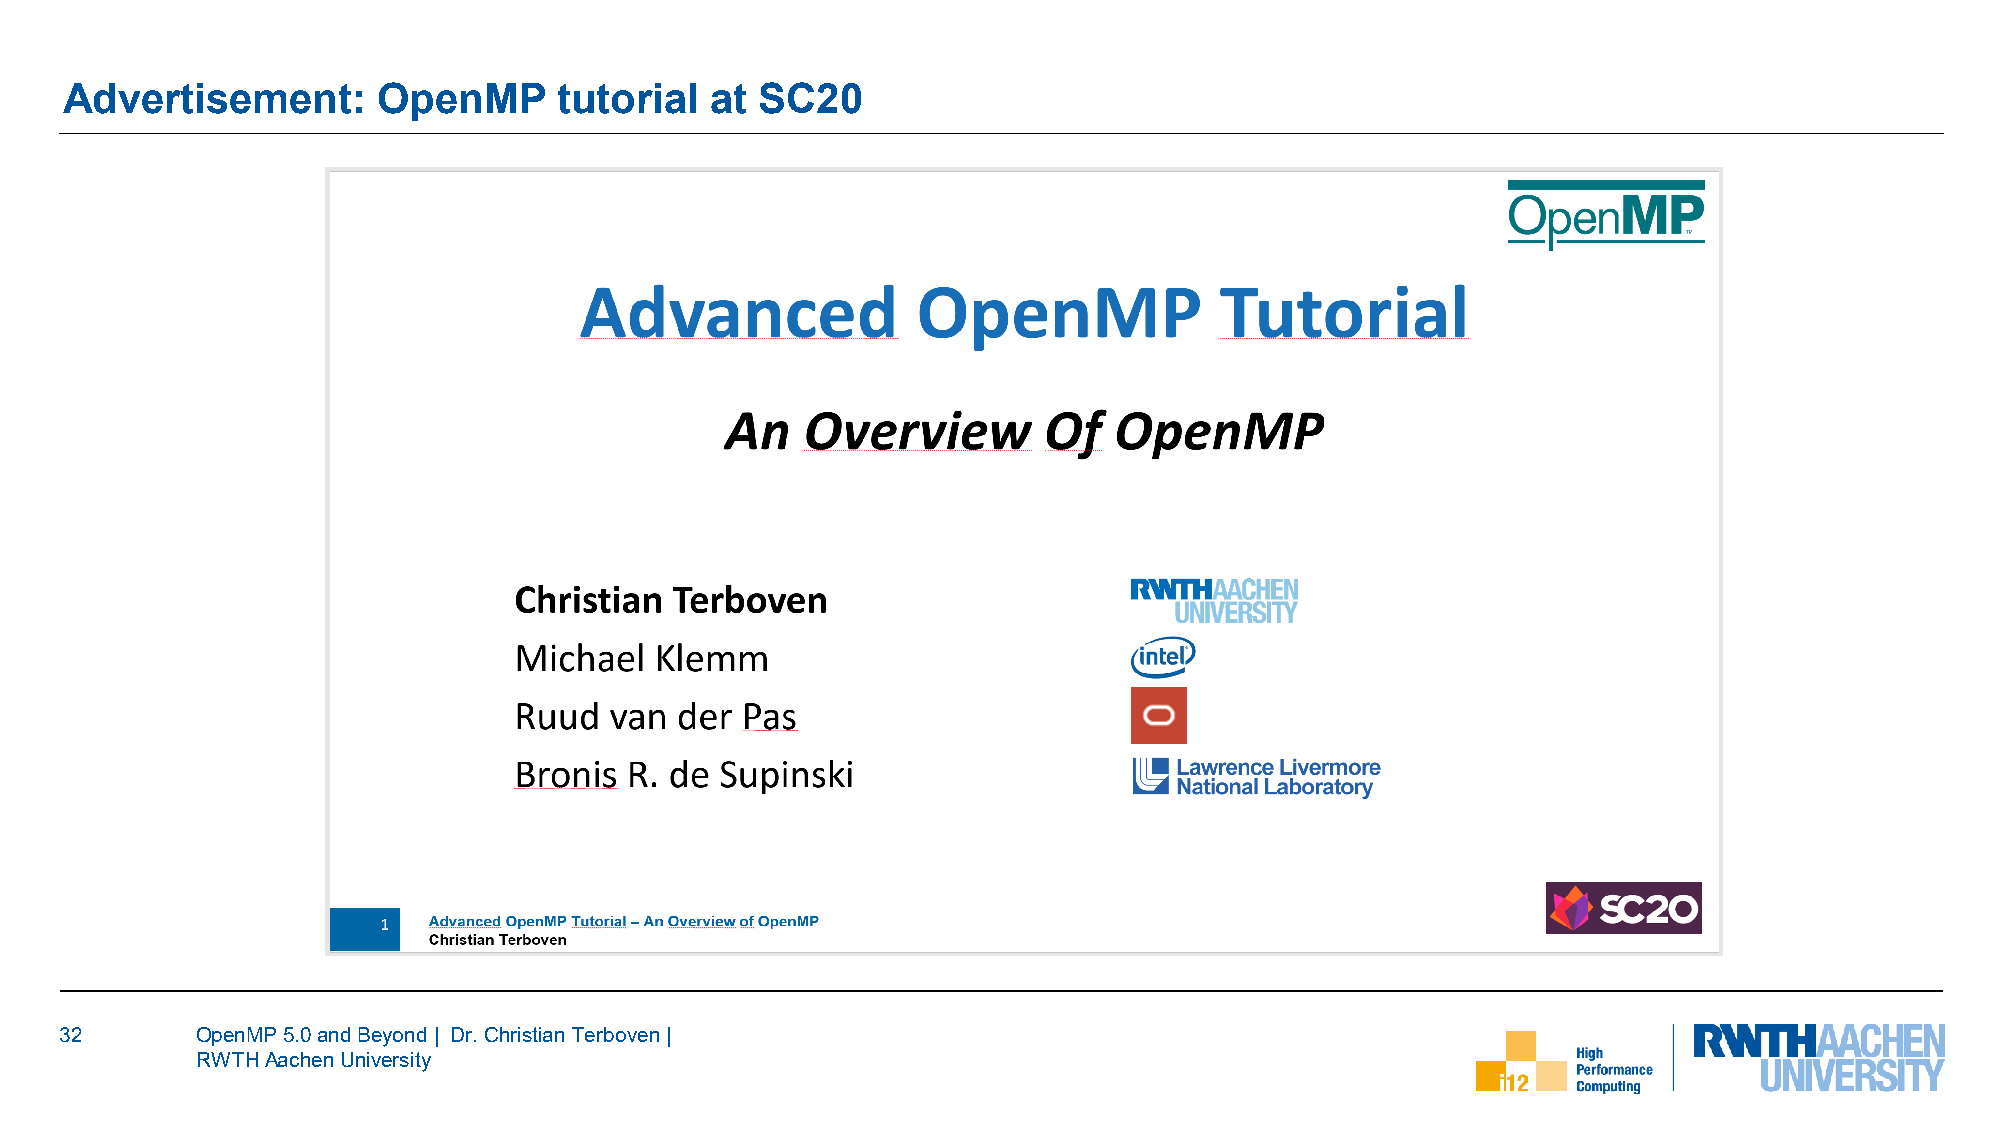
Advertisement:       OpenMP      tutorial  at SC20
 32       OpenMP 5.0 and Beyond | Dr. Christian Terboven|
 RWTH Aachen University